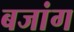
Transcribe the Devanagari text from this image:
बजांग